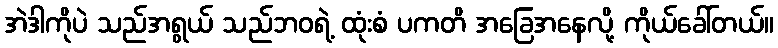
အဲဒါကိုပဲ သည်အရွယ် သည်ဘဝရဲ့ ထုံးစံ ပကတိ အခြေအနေလို့ ကိုယ်ခေါ်တယ်။